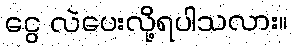
ငွေ လဲပေးလို့ရပါသလား။